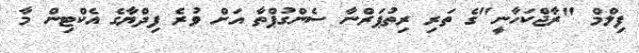
ފިލްމް "ރާޖްކަހާނީ"ގެ ތަރި ރިތުޕަރްނާ ސެންގުޕްތާ އަށް ވުރެ ފިދްޔާގެ އެކްޓިން މާ